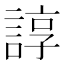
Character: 諄